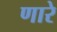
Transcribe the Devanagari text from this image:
णारे